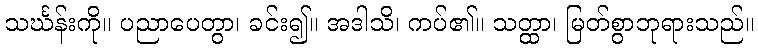
သင်္ဃန်းကို။ ပညာပေတွာ၊ ခင်း၍။ အဒါသိ၊ ကပ်၏။ သတ္ထာ၊ မြတ်စွာဘုရားသည်။